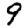
Digit: 9